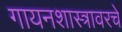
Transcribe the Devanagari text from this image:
गायनशास्त्रावरचे